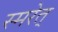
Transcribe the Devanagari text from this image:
स्मरेत्